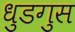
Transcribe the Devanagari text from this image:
धुडगुस